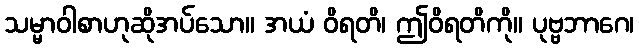
သမ္မာဝါစာဟုဆိုအပ်သော။ အယံ ဝိရတိ၊ ဤဝိရတိကို။ ပုဗ္ဗဘာဂေ၊